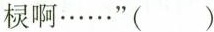
棂啊……”( )